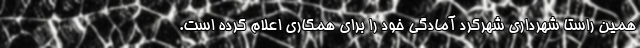
همین راستا شهرداری شهرکرد آمادگی خود را برای همکاری اعلام کرده است.